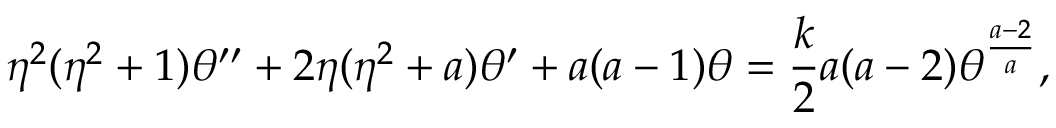
\eta ^ { 2 } ( \eta ^ { 2 } + 1 ) \theta ^ { \prime \prime } + 2 \eta ( \eta ^ { 2 } + a ) \theta ^ { \prime } + a ( a - 1 ) \theta = { \frac { k } { 2 } } a ( a - 2 ) \theta ^ { \frac { a - 2 } { a } } ,